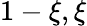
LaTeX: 1-\xi,\xi